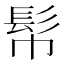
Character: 𩫹